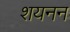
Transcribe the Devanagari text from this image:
शयनन